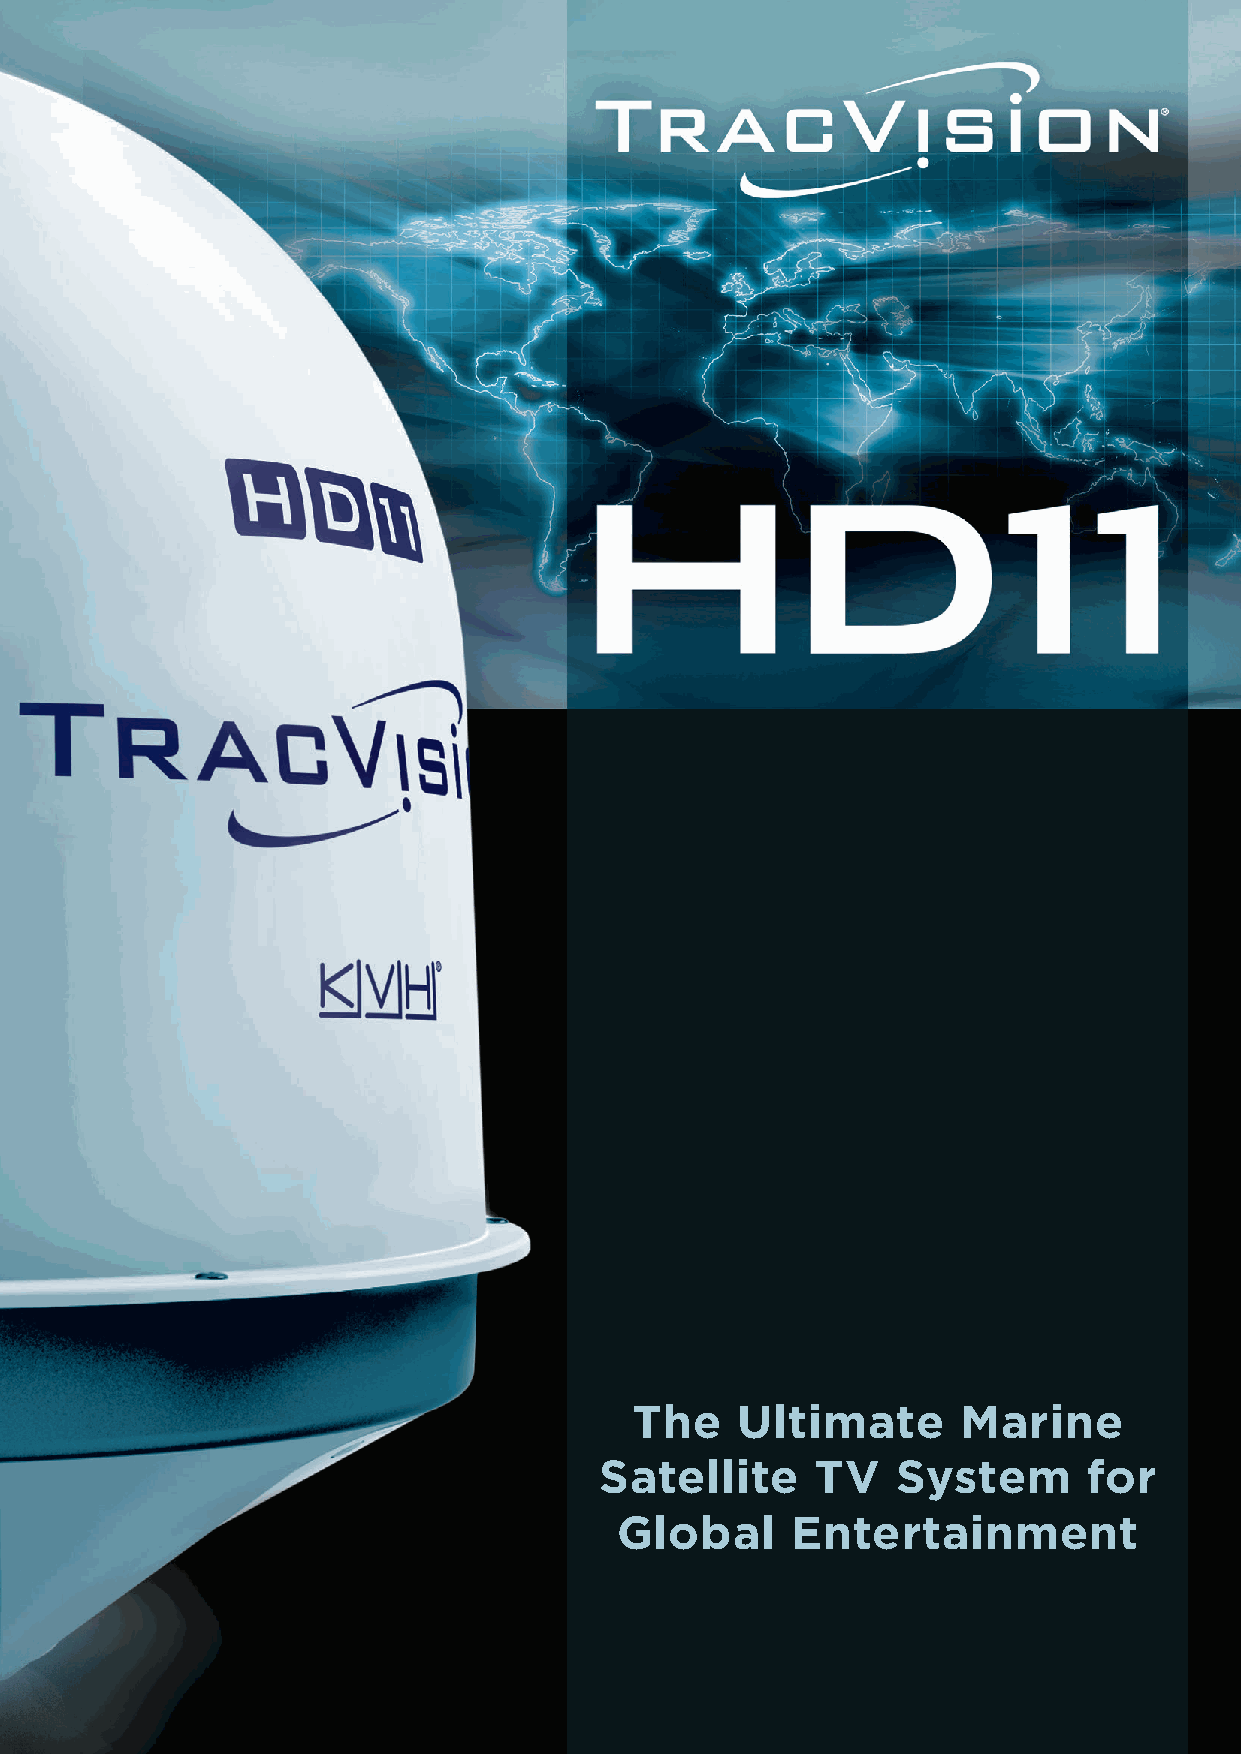
The    Ultimate       Marine
 Satellite     TV   System       for
 Global     Entertainment